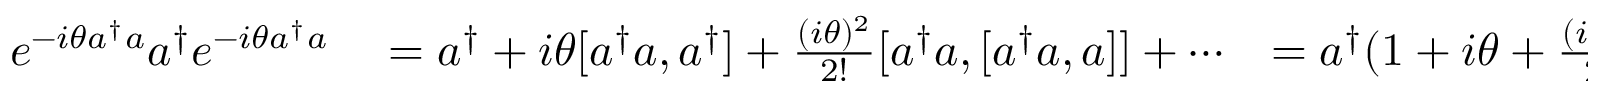
\begin{array} { r l r } { e ^ { - i \theta a ^ { \dagger } a } a ^ { \dagger } e ^ { - i \theta a ^ { \dagger } a } } & { { } = a ^ { \dagger } + i \theta [ a ^ { \dagger } a , a ^ { \dagger } ] + \frac { ( i \theta ) ^ { 2 } } { 2 ! } [ a ^ { \dagger } a , [ a ^ { \dagger } a , a ] ] + \cdots } & { = a ^ { \dagger } ( 1 + i \theta + \frac { ( i \theta ) ^ { 2 } } { 2 ! } + \cdots = a ^ { \dagger } e ^ { i \theta } . } \end{array}